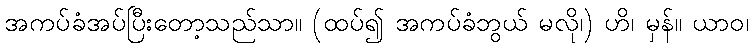
အကပ်ခံအပ်ပြီးတော့သည်သာ။ (ထပ်၍ အကပ်ခံဘွယ် မလို၊) ဟိ၊ မှန်။ ယာဝ၊